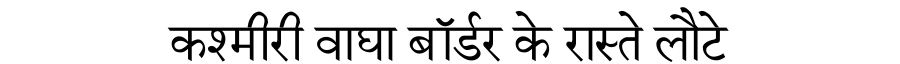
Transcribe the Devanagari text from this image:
कश्मीरी वाघा बॉर्डर के रास्ते लौटे